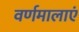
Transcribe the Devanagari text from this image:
वर्णमालाएं